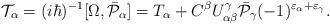
LaTeX: \begin{align*}{\cal T}_\alpha=(i\hbar)^{-1}[\Omega,\bar{\cal P}_\alpha]=T_\alpha+C^\beta U^\gamma_{\alpha\beta}\bar{\cal P}_\gamma(-1)^{\varepsilon_\alpha+\varepsilon_\gamma}.\end{align*}